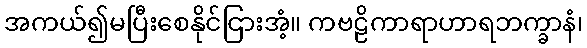
အကယ်၍မပြီးစေနိုင်ငြားအံ့။ ကဗဠိကာရာဟာရဘက္ခာနံ၊